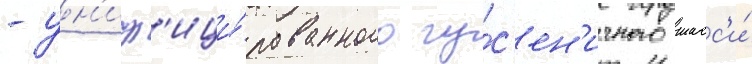
- ун'иф'ици́рованного гу́с'ен'ичного шасс'и́